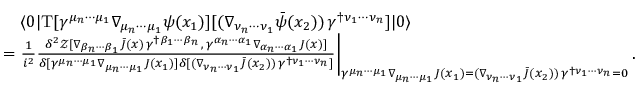
\begin{array} { r l } & { \quad \langle 0 | \mathrm { T } [ \gamma ^ { \mu _ { n } \cdots \mu _ { 1 } } \nabla _ { \mu _ { n } \cdots \mu _ { 1 } } \psi ( x _ { 1 } ) ] [ ( \nabla _ { \nu _ { n } \cdots \nu _ { 1 } } \bar { \psi } ( x _ { 2 } ) ) \, \gamma ^ { \dagger \nu _ { 1 } \cdots \nu _ { n } } ] | 0 \rangle } \\ & { = \frac { 1 } { i ^ { 2 } } \frac { \delta ^ { 2 } \mathcal { Z } [ \nabla _ { \beta _ { n } \cdots \beta _ { 1 } } \bar { J } ( x ) \, \gamma ^ { \dagger \beta _ { 1 } \cdots \beta _ { n } } \, , \, \gamma ^ { \alpha _ { n } \cdots \alpha _ { 1 } } \nabla _ { \alpha _ { n } \cdots \alpha _ { 1 } } J ( x ) ] } { \delta [ \gamma ^ { \mu _ { n } \cdots \mu _ { 1 } } \nabla _ { \mu _ { n } \cdots \mu _ { 1 } } J ( x _ { 1 } ) ] \delta [ ( \nabla _ { \nu _ { n } \cdots \nu _ { 1 } } \bar { J } ( x _ { 2 } ) ) \, \gamma ^ { \dagger \nu _ { 1 } \cdots \nu _ { n } } ] } \bigg \vert _ { \gamma ^ { \mu _ { n } \cdots \mu _ { 1 } } \nabla _ { \mu _ { n } \cdots \mu _ { 1 } } J ( x _ { 1 } ) = ( \nabla _ { \nu _ { n } \cdots \nu _ { 1 } } \bar { J } ( x _ { 2 } ) ) \, \gamma ^ { \dagger \nu _ { 1 } \cdots \nu _ { n } } = 0 } \, . } \end{array}